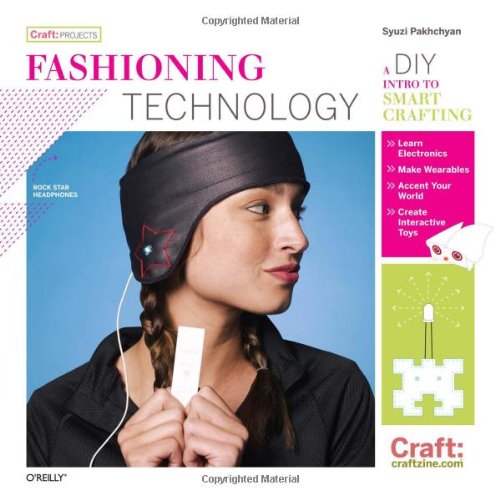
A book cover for Fashioning Technology: A DIY Intro to Smart Crafting (Craft: Projects); Syuzi Pakhchyan; Crafts, Hobbies & Home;